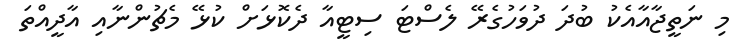
މި ނަތީޖާއާއެކު ބުދަ ދުވަހުގެރޭ ލެސްޓަ ސިޓީއާ ދެކޮޅަށް ކުޅޭ މެޗުންނާއި އާދީއްތަ